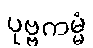
ပုဗ္ဗကမ္မံ